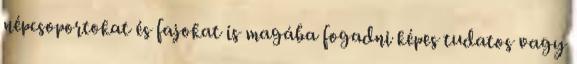
népcsoportokat és fajokat is magába fogadni képes tudatos vagy